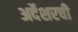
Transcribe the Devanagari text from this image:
अर्देशरची